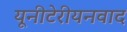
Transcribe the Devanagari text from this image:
यूनीटेरीयनवाद